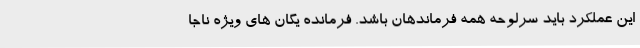
این عملکرد باید سرلوحه همه فرماندهان باشد. فرمانده یگان های ویژه ناجا